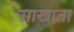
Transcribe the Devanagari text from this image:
साखाता